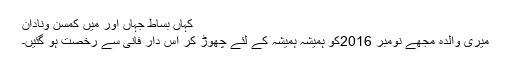
کہاں بساطِ جہاں اور میں کمسن ونادان
میری والدہ مجھے نومبر 2016کو ہمیشہ ہمیشہ کے لئے چھوڑ کر اس دار فانی سے رخصت ہو گئیں۔